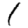
Digit: 1